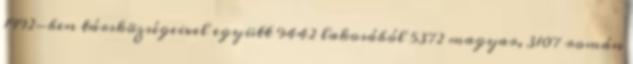
1992-ben társközségeivel együtt 9442 lakosából 5372 magyar, 3107 román